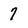
Character: 7